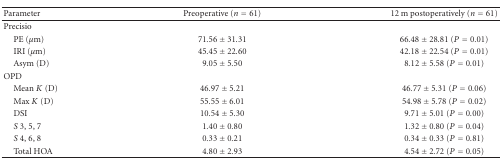
| Parameter | Preoperative (n = 61) | 12 m postoperatively (n = 61) |
 | --- | --- | --- |
 | Precisio |  |  |
 | PE (μm) | 71.56 ± 31.31 | 66.48 ± 28.81 (P = 0.01) |
 | IRI (μm) | 45.45 ± 22.60 | 42.18 ± 22.54 (P = 0.01) |
 | Asym (D) | 9.05 ± 5.50 | 8.12 ± 5.58 (P = 0.01) |
 | OPD |  |  |
 | Mean K (D) | 46.97 ± 5.21 | 46.77 ± 5.31 (P = 0.06) |
 | Max K (D) | 55.55 ± 6.01 | 54.98 ± 5.78 (P = 0.02) |
 | DSI | 10.54 ± 5.30 | 9.71 ± 5.01 (P = 0.00) |
 | S 3, 5, 7 | 1.40 ± 0.80 | 1.32 ± 0.80 (P = 0.04) |
 | S 4, 6, 8 | 0.33 ± 0.21 | 0.34 ± 0.33 (P = 0.81) |
 | Total HOA | 4.80 ± 2.93 | 4.54 ± 2.72 (P = 0.05) |